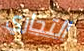
التجاري